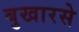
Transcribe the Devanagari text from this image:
बुखारसे